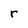
Character: r